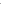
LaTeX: \bar{}